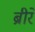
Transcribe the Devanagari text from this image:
ब्रीरे